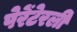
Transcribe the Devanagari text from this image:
पेरेंटेरली